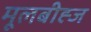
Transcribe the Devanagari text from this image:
मूलबीह्ज